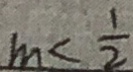
m < \frac { 1 } { 2 }